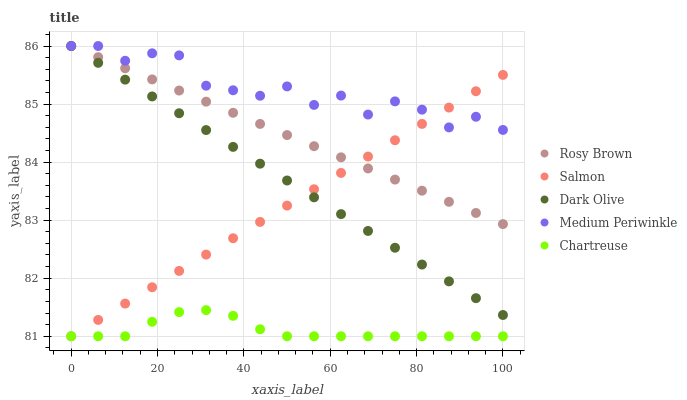
| xaxis_label | Rosy Brown | Salmon | Dark Olive | Medium Periwinkle | Chartreuse |
 | --- | --- | --- | --- | --- | --- |
 | 0 | 86 | 81 | 86 | 86 | 81 |
 | 6.25 | 85.8 | 81.3 | 85.7 | 86 | 81 |
 | 12.5 | 85.6 | 81.6 | 85.4 | 85.7 | 81 |
 | 18.8 | 85.4 | 81.8 | 85.1 | 85.9 | 81.2 |
 | 25 | 85.2 | 82.1 | 84.8 | 85.8 | 81.4 |
 | 31.2 | 85 | 82.4 | 84.6 | 85.3 | 81.5 |
 | 37.5 | 84.8 | 82.7 | 84.3 | 85.2 | 81.4 |
 | 43.8 | 84.7 | 83 | 84 | 85.1 | 81.1 |
 | 50 | 84.5 | 83.3 | 83.7 | 85.3 | 81 |
 | 56.2 | 84.3 | 83.5 | 83.4 | 85 | 81 |
 | 62.5 | 84.1 | 83.8 | 83.1 | 85.1 | 81 |
 | 68.8 | 83.9 | 84.1 | 82.8 | 84.8 | 81 |
 | 75 | 83.7 | 84.4 | 82.5 | 85 | 81 |
 | 81.2 | 83.5 | 84.7 | 82.2 | 84.9 | 81 |
 | 87.5 | 83.3 | 84.9 | 81.9 | 84.6 | 81 |
 | 93.8 | 83.1 | 85.2 | 81.7 | 84.8 | 81 |
 | 100 | 82.9 | 85.5 | 81.4 | 84.6 | 81 |